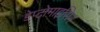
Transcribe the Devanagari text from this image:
डेप्टोमाइसिन